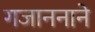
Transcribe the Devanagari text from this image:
गजाननाने